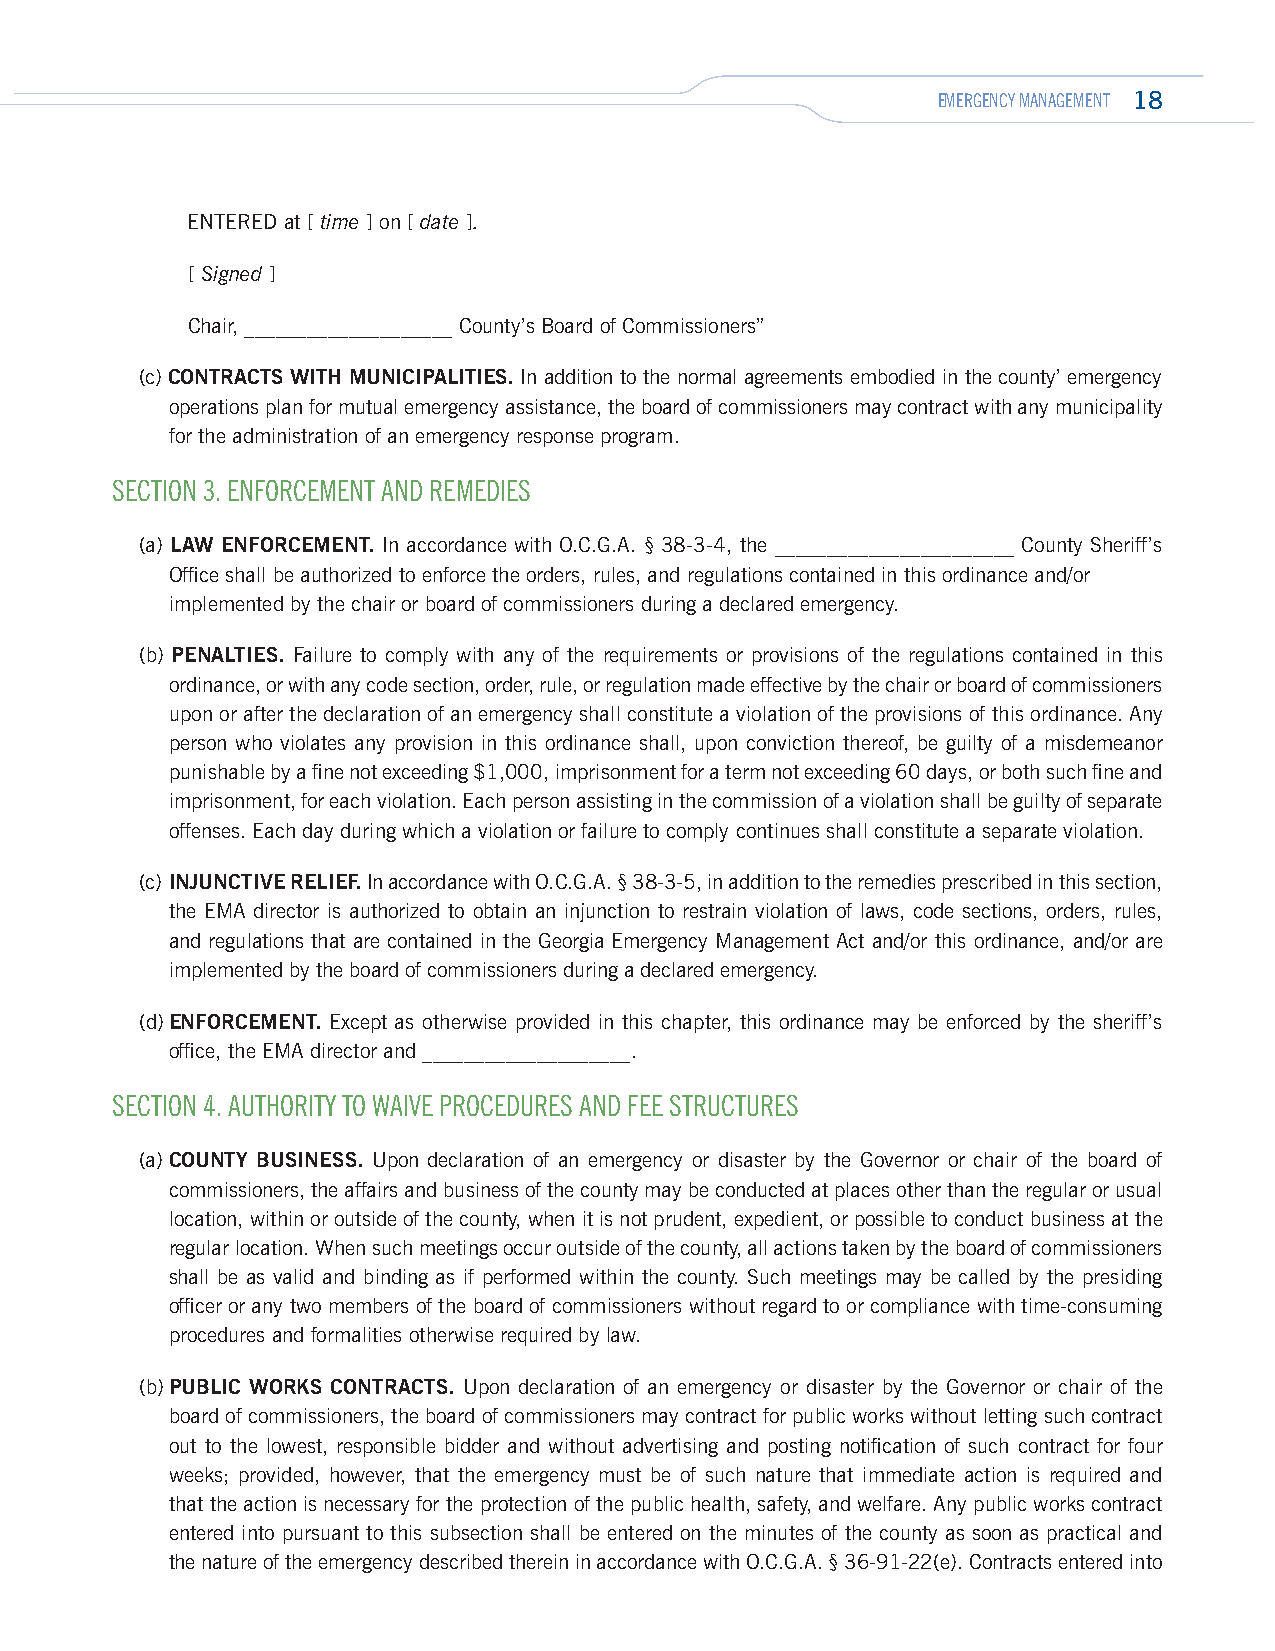
EMERGENCY MANAGEMENT 18
 ENTERED at [ time ] on [ date ].
 [ Signed ]
 Chair, ____________________ County’s Board of Commissioners”
 (c) CONTRACTS WITH MUNICIPALITIES. In addition to the normal agreements embodied in the county’ emergency
 operations plan for mutual emergency assistance, the board of commissioners may contract with any municipality
 for the administration of an emergency response program.
 SECTION 3. ENFORCEMENT AND REMEDIES
 (a) LAW ENFORCEMENT. In accordance with O.C.G.A. § 38-3-4, the _______________________ County Sheriff’s
 Office shall be authorized to enforce the orders, rules, and regulations contained in this ordinance and/or
 implemented by the chair or board of commissioners during a declared emergency.
 (b) PENALTIES. Failure to comply with any of the requirements or provisions of the regulations contained in this
 ordinance, or with any code section, order, rule, or regulation made effective by the chair or board of commissioners
 upon or after the declaration of an emergency shall constitute a violation of the provisions of this ordinance. Any
 person who violates any provision in this ordinance shall, upon conviction thereof, be guilty of a misdemeanor
 punishable by a fine not exceeding $1,000, imprisonment for a term not exceeding 60 days, or both such fine and
 imprisonment, for each violation. Each person assisting in the commission of a violation shall be guilty of separate
 offenses. Each day during which a violation or failure to comply continues shall constitute a separate violation.
 (c) INJUNCTIVE RELIEF. In accordance with O.C.G.A. § 38-3-5, in addition to the remedies prescribed in this section,
 the EMA director is authorized to obtain an injunction to restrain violation of laws, code sections, orders, rules,
 and regulations that are contained in the Georgia Emergency Management Act and/or this ordinance, and/or are
 implemented by the board of commissioners during a declared emergency.
 (d) ENFORCEMENT. Except as otherwise provided in this chapter, this ordinance may be enforced by the sheriff’s
 office, the EMA director and ____________________.
 SECTION 4. AUTHORITY TO WAIVE PROCEDURES AND FEE STRUCTURES
 (a) COUNTY BUSINESS. Upon declaration of an emergency or disaster by the Governor or chair of the board of
 commissioners, the affairs and business of the county may be conducted at places other than the regular or usual
 location, within or outside of the county, when it is not prudent, expedient, or possible to conduct business at the
 regular location. When such meetings occur outside of the county, all actions taken by the board of commissioners
 shall be as valid and binding as if performed within the county. Such meetings may be called by the presiding
 officer or any two members of the board of commissioners without regard to or compliance with time-consuming
 procedures and formalities otherwise required by law.
 (b) PUBLIC WORKS CONTRACTS. Upon declaration of an emergency or disaster by the Governor or chair of the
 board of commissioners, the board of commissioners may contract for public works without letting such contract
 out to the lowest, responsible bidder and without advertising and posting notification of such contract for four
 weeks; provided, however, that the emergency must be of such nature that immediate action is required and
 that the action is necessary for the protection of the public health, safety, and welfare. Any public works contract
 entered into pursuant to this subsection shall be entered on the minutes of the county as soon as practical and
 the nature of the emergency described therein in accordance with O.C.G.A. § 36-91-22(e). Contracts entered into